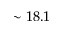
\sim 1 8 . 1